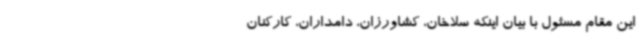
این مقام مسئول با بیان اینکه سلاخان، کشاورزان، دامداران، کارکنان